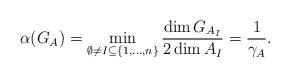
LaTeX: \begin{align*}\alpha(G_A) = \min_{\emptyset\neq I \subseteq \{1,\ldots, n\}} \frac{\dim G_{A_I}}{2\dim A_I} = \frac{1}{\gamma_{A}}.\end{align*}